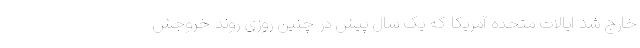
خارج شد ایالات متحده آمریکا که یک سال پیش در چنین روزی روند خروجش